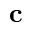
\mathbf { c }